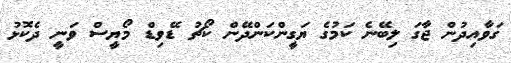
ގަވާއިދުން ޖާގަ ލިބޭނެ ކަމުގެ ޔަގީންކަންދޭން ކޯޗު ޑޭވިޑް މޯޔީސް ވަނީ ދެކޮޅު